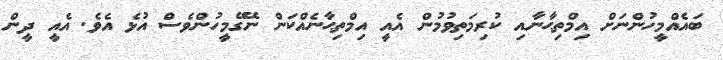
ބައެއްމީހުންނަށް އިމްތިޙާނާއި ކުރިމަތިވުމުން އެއީ އިމްތިޙާނެއްކަން ނޭގޭމީހުންވެސް އުޅެ އެވެ. އެއީ ދީން